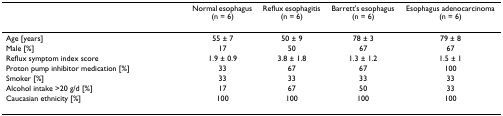
<table><thead><tr><td></td><td><b>Normal esophagus (n = 6)</b></td><td><b>Reflux esophagitis (n = 6)</b></td><td><b>Barrett&#x27;s esophagus (n = 6)</b></td><td><b>Esophagus adenocarcinoma (n = 6)</b></td></tr></thead><tbody><tr><td>Age [years]</td><td>55 ± 7</td><td>50 ± 9</td><td>78 ± 3</td><td>79 ± 8</td></tr><tr><td>Male [%]</td><td>17</td><td>50</td><td>67</td><td>67</td></tr><tr><td>Reflux symptom index score</td><td>1.9 ± 0.9</td><td>3.8 ± 1.8</td><td>1.3 ± 1.2</td><td>1.5 ± 1</td></tr><tr><td>Proton pump inhibitor medication [%]</td><td>33</td><td>67</td><td>67</td><td>100</td></tr><tr><td>Smoker [%]</td><td>33</td><td>33</td><td>33</td><td>33</td></tr><tr><td>Alcohol intake &gt;20 g/d [%]</td><td>17</td><td>67</td><td>50</td><td>33</td></tr><tr><td>Caucasian ethnicity [%]</td><td>100</td><td>100</td><td>100</td><td>100</td></tr></tbody></table>